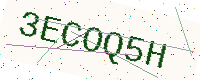
Text: 3ECOQ5H